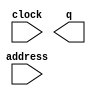
module titles_count_2 (
	address,
	clock,
	q);

	input	[13:0]  address;
	input	  clock;
	output	[3:0]  q;
`ifndef ALTERA_RESERVED_QIS
// synopsys translate_off
`endif
	tri1	  clock;
`ifndef ALTERA_RESERVED_QIS
// synopsys translate_on
`endif

endmodule